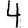
Digit: 4